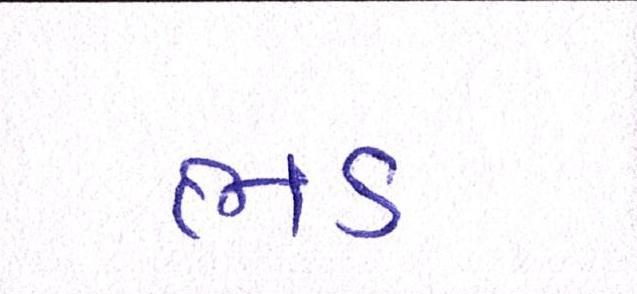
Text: ભડ